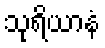
သုရိယာနံ